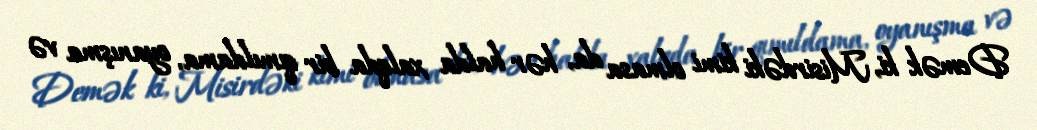
Demək ki, Misirdəki kimi olmasa da, hər halda xalqda bir qımıldama, oyanışma və